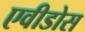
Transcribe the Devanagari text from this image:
एवीडोस